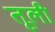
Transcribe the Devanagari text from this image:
तूली